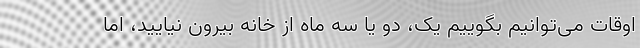
اوقات می‌توانیم بگوییم یک، دو یا سه ماه از خانه بیرون نیایید، اما